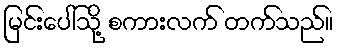
မြင်းပေါ်သို့ စကားလက် တက်သည်။